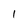
Character: 1